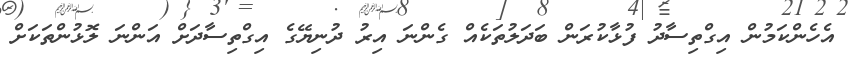
އެހެންކަމުން އިގްތިސާދު ފުޅާކުރަން ބަދަލުތަކެއް ގެންނަ އިރު ދުނިޔޭގެ އިގްތިސާދަށް އަންނަ ލޮޅުންތަކަށް